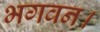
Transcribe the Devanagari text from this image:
भगवन।